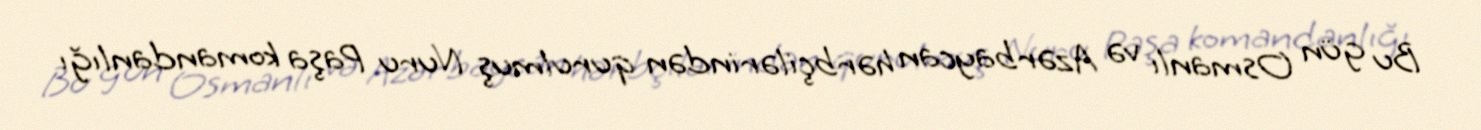
Bu gün Osmanlı və Azərbaycan hərbçilərindən qurulmuş Nuru Paşa komandanlığı